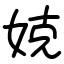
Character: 娔